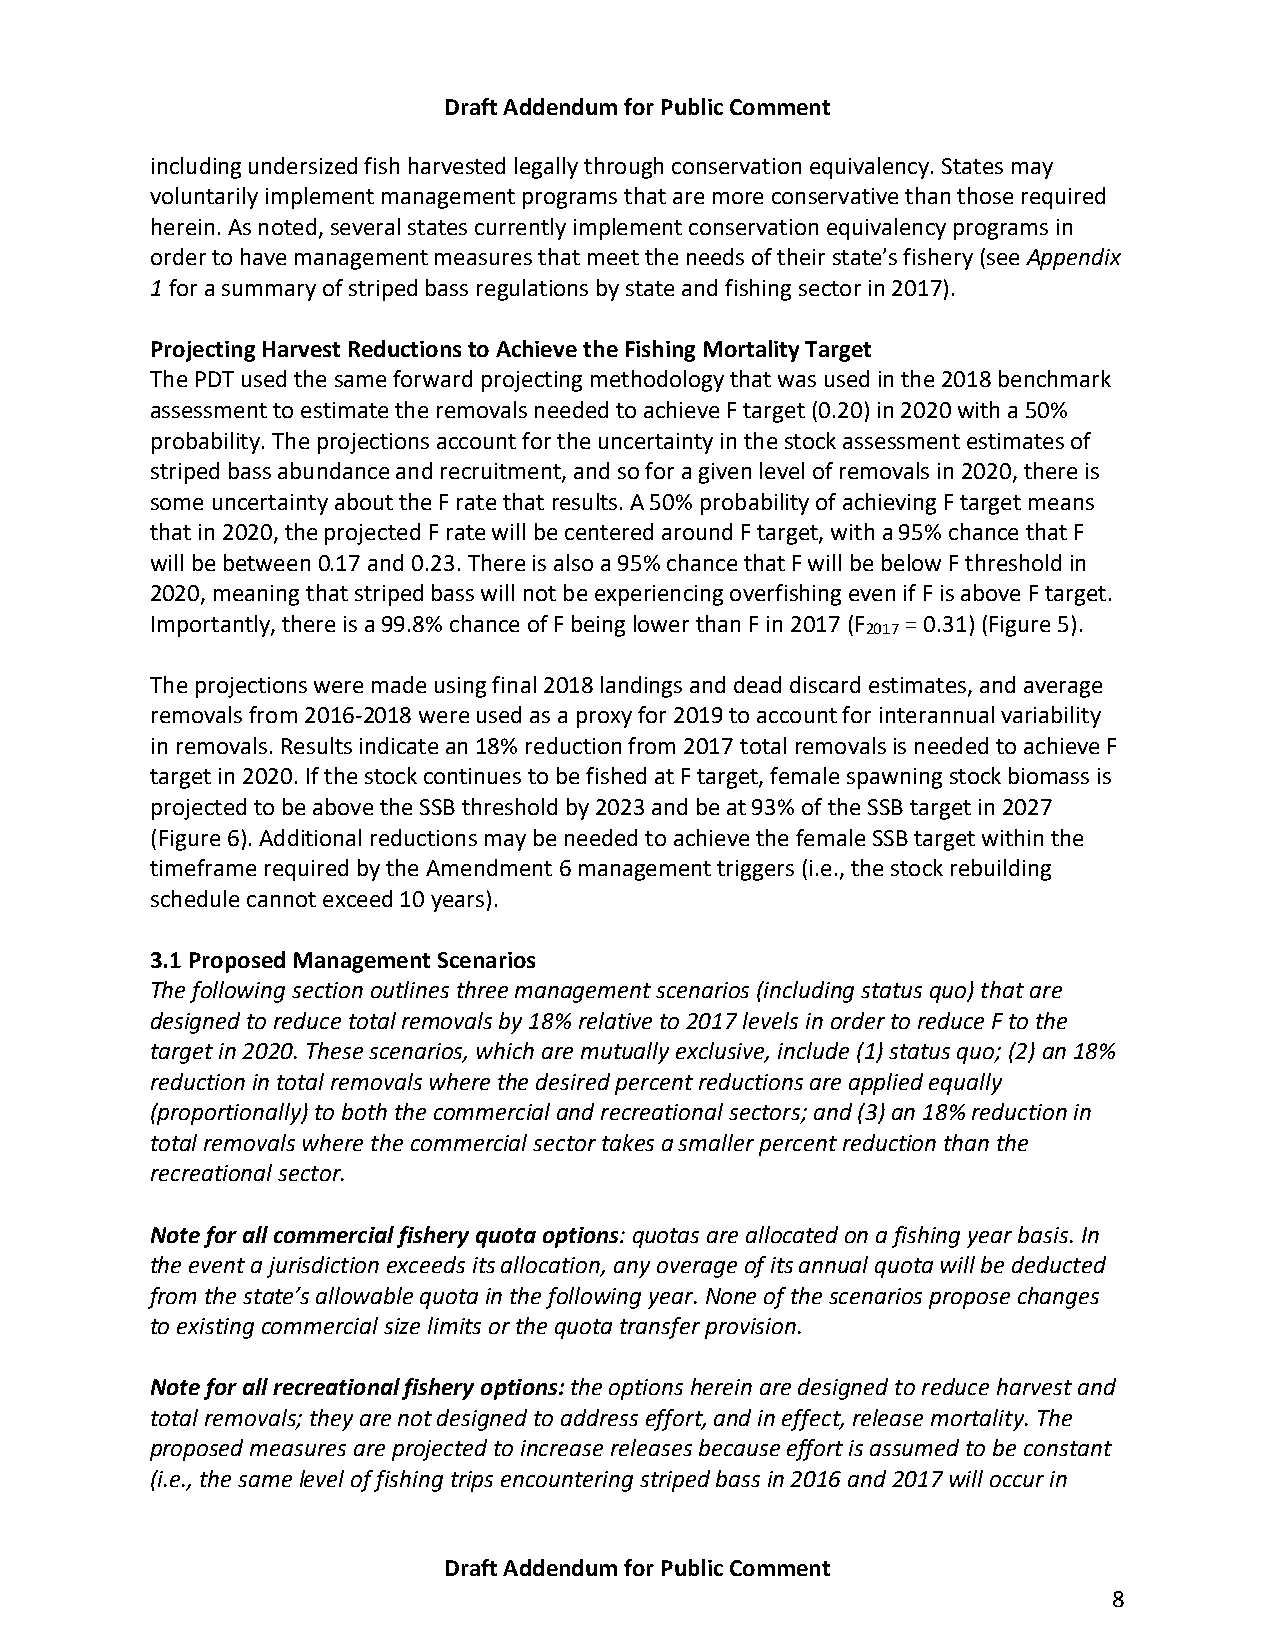
Draft Addendum for Public Comment
 including undersized fish harvested legally through conservation equivalency. States may
 voluntarily implement management programs that are more conservative than those required
 herein. As noted, several states currently implement conservation equivalency programs in
 order to have management measures that meet the needs of their state’s fishery (see Appendix
 1 for a summary of striped bass regulations by state and fishing sector in 2017).
 Projecting Harvest Reductions to Achieve the Fishing Mortality Target
 The PDT used the same forward projecting methodology that was used in the 2018 benchmark
 assessment to estimate the removals needed to achieve F target (0.20) in 2020 with a 50%
 probability. The projections account for the uncertainty in the stock assessment estimates of
 striped bass abundance and recruitment, and so for a given level of removals in 2020, there is
 some uncertainty about the F rate that results. A 50% probability of achieving F target means
 that in 2020, the projected F rate will be centered around F target, with a 95% chance that F
 will be between 0.17 and 0.23. There is also a 95% chance that F will be below F threshold in
 2020, meaning that striped bass will not be experiencing overfishing even if F is above F target.
 Importantly, there is a 99.8% chance of F being lower than F in 2017 (F = 0.31) (Figure 5).
 2017
 The projections were made using final 2018 landings and dead discard estimates, and average
 removals from 2016-2018 were used as a proxy for 2019 to account for interannual variability
 in removals. Results indicate an 18% reduction from 2017 total removals is needed to achieve F
 target in 2020. If the stock continues to be fished at F target, female spawning stock biomass is
 projected to be above the SSB threshold by 2023 and be at 93% of the SSB target in 2027
 (Figure 6). Additional reductions may be needed to achieve the female SSB target within the
 timeframe required by the Amendment 6 management triggers (i.e., the stock rebuilding
 schedule cannot exceed 10 years).
 3.1 Proposed Management Scenarios
 The following section outlines three management scenarios (including status quo) that are
 designed to reduce total removals by 18% relative to 2017 levels in order to reduce F to the
 target in 2020. These scenarios, which are mutually exclusive, include (1) status quo; (2) an 18%
 reduction in total removals where the desired percent reductions are applied equally
 (proportionally) to both the commercial and recreational sectors; and (3) an 18% reduction in
 total removals where the commercial sector takes a smaller percent reduction than the
 recreational sector.
 Note for all commercial fishery quota options: quotas are allocated on a fishing year basis. In
 the event a jurisdiction exceeds its allocation, any overage of its annual quota will be deducted
 from the state’s allowable quota in the following year. None of the scenarios propose changes
 to existing commercial size limits or the quota transfer provision.
 Note for all recreational fishery options: the options herein are designed to reduce harvest and
 total removals; they are not designed to address effort, and in effect, release mortality. The
 proposed measures are projected to increase releases because effort is assumed to be constant
 (i.e., the same level of fishing trips encountering striped bass in 2016 and 2017 will occur in
 Draft Addendum for Public Comment
 8